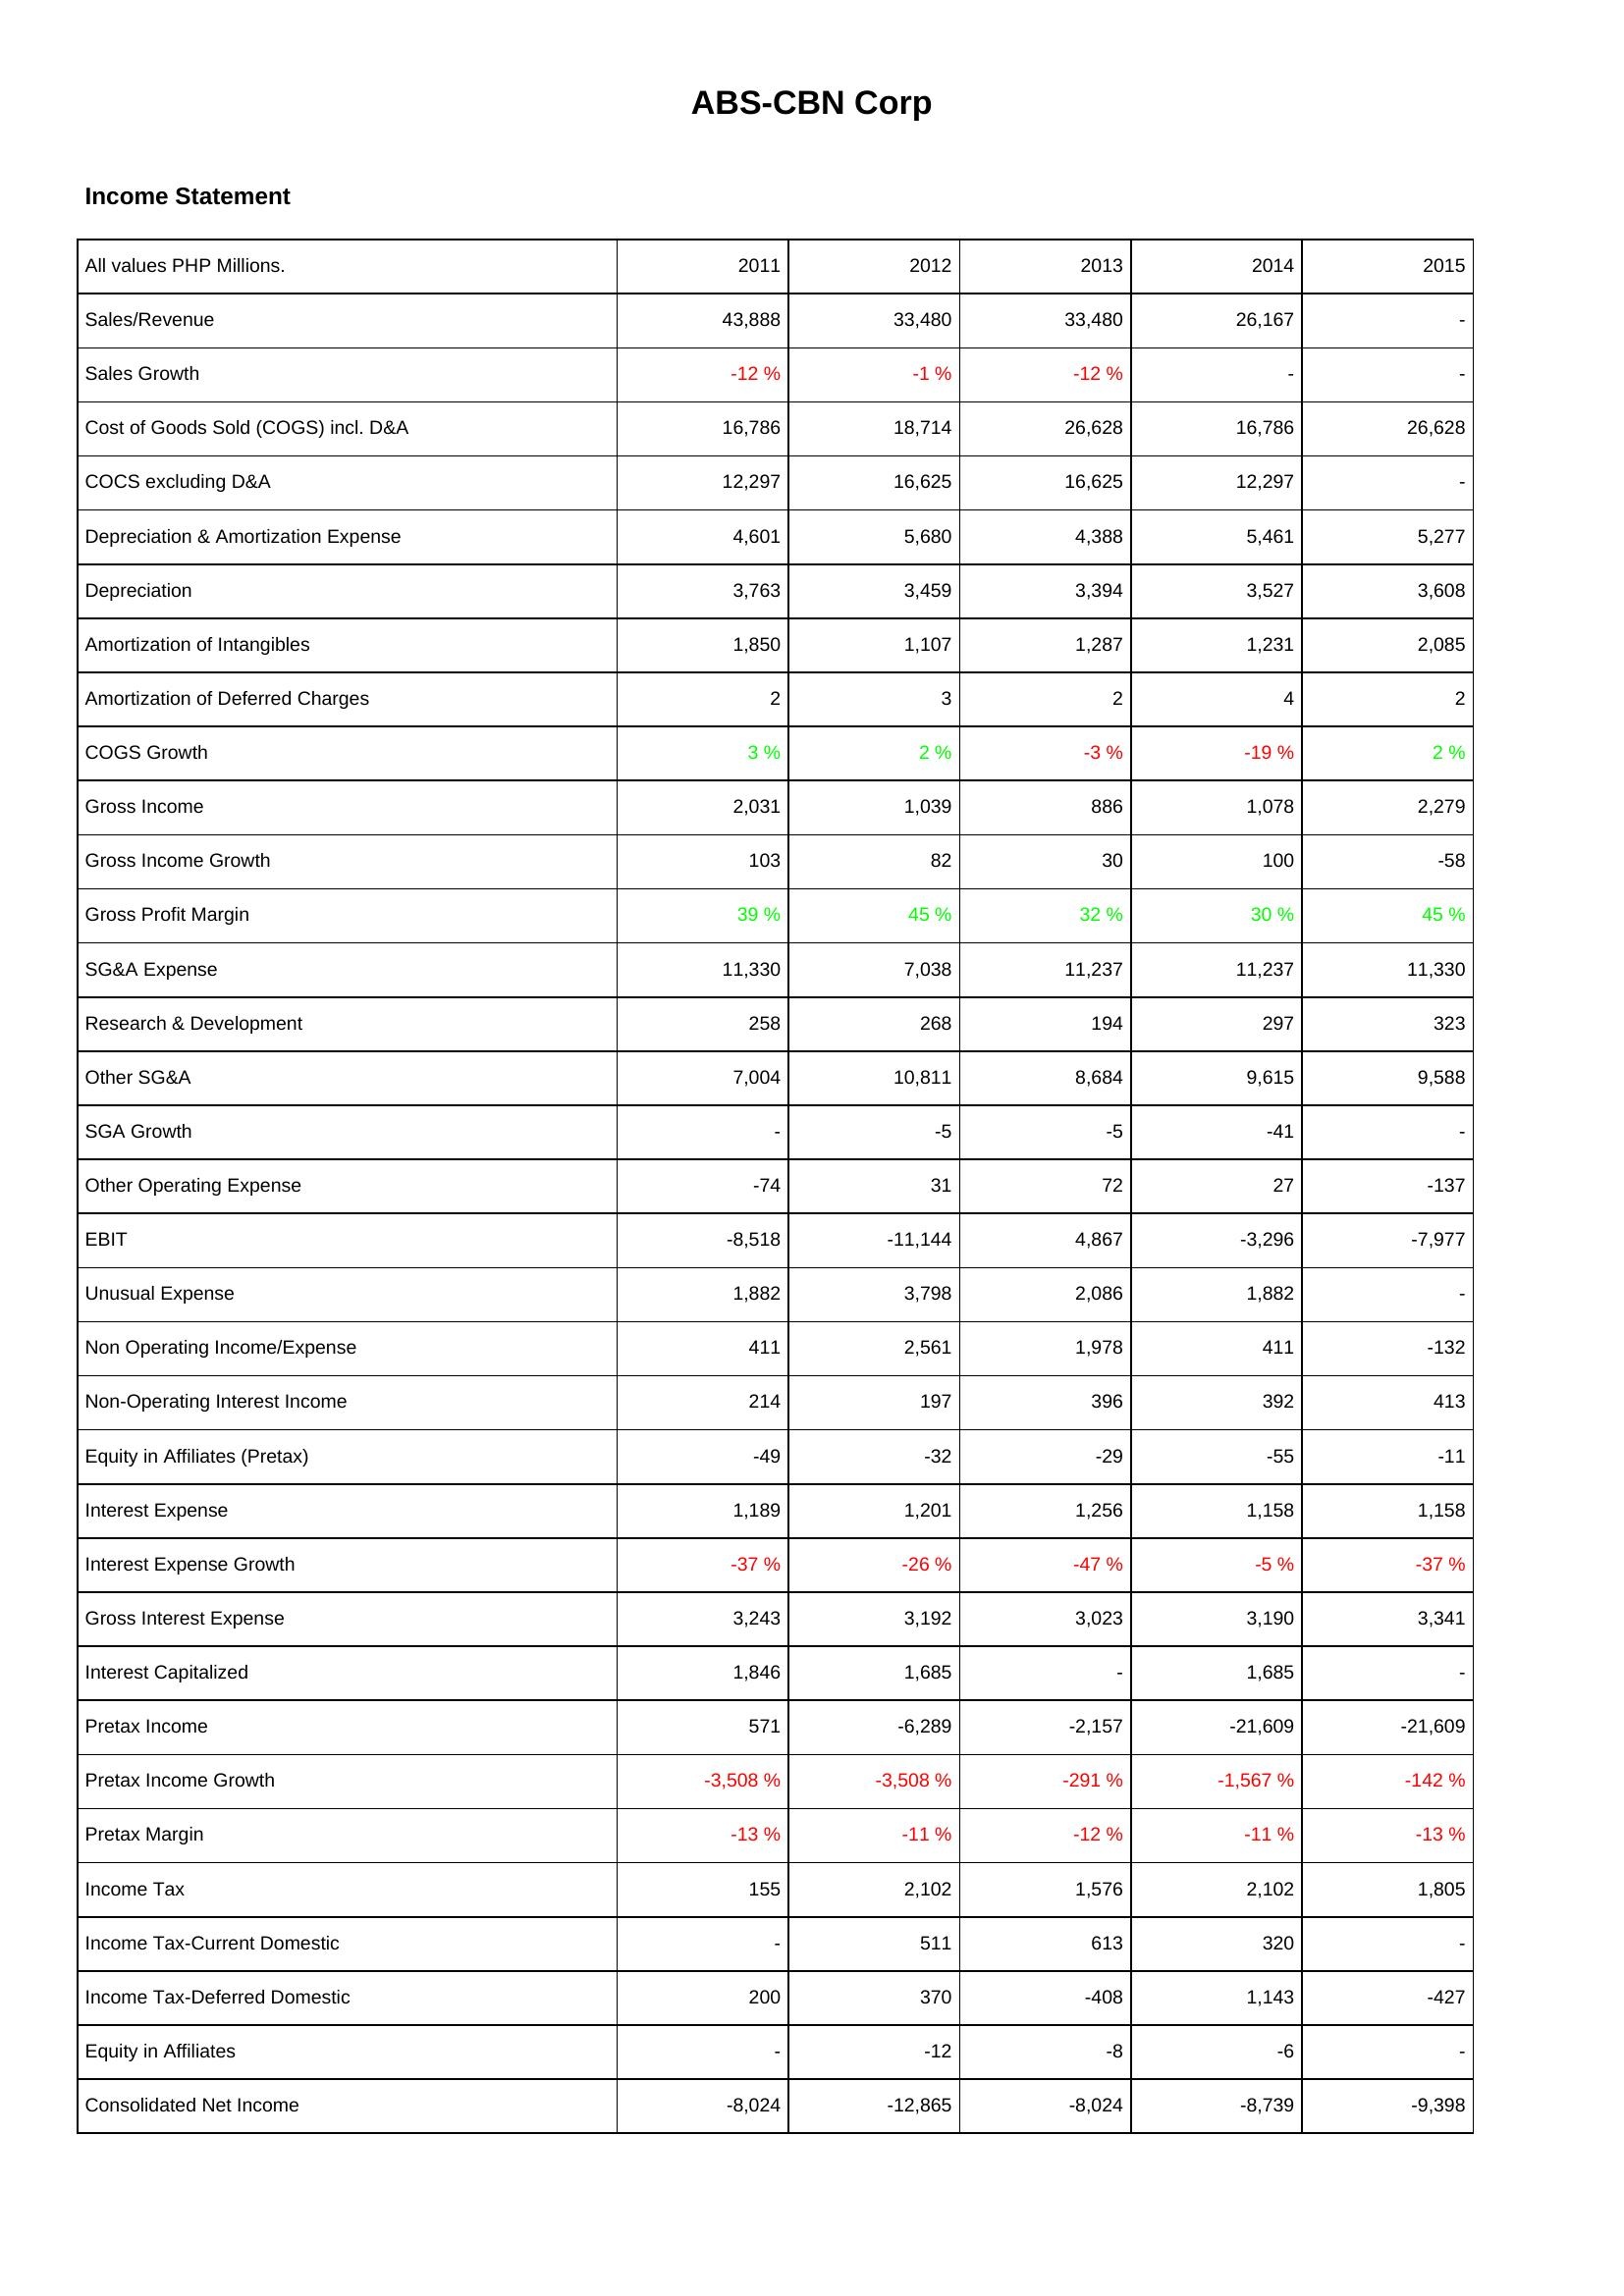
2011: Income Statement: Sales/Revenue: 43,888
Sales Growth: -12 %
Cost of Goods Sold (COGS) incl. D&A: 16,786
COCS excluding D&A: 12,297
Depreciation & Amortization Expense: 4,601
Depreciation: 3,763
Amortization of Intangibles: 1,850
Amortization of Deferred Charges: 2
COGS Growth: 3 %
Gross Income: 2,031
Gross Income Growth: 103
Gross Profit Margin: 39 %
SG&A Expense: 11,330
Research & Development: 258
Other SG&A: 7,004
SGA Growth: -
Other Operating Expense: -74
EBIT: -8,518
Unusual Expense: 1,882
Non Operating Income/Expense: 411
Non-Operating Interest Income: 214
Equity in Affiliates (Pretax): -49
Interest Expense: 1,189
Interest Expense Growth: -37 %
Gross Interest Expense: 3,243
Interest Capitalized: 1,846
Pretax Income: 571
Pretax Income Growth: -3,508 %
Pretax Margin: -13 %
Income Tax: 155
Income Tax-Current Domestic: -
Income Tax-Deferred Domestic: 200
Equity in Affiliates: -
Consolidated Net Income: -8,024
2012: Income Statement: Sales/Revenue: 33,480
Sales Growth: -1 %
Cost of Goods Sold (COGS) incl. D&A: 18,714
COCS excluding D&A: 16,625
Depreciation & Amortization Expense: 5,680
Depreciation: 3,459
Amortization of Intangibles: 1,107
Amortization of Deferred Charges: 3
COGS Growth: 2 %
Gross Income: 1,039
Gross Income Growth: 82
Gross Profit Margin: 45 %
SG&A Expense: 7,038
Research & Development: 268
Other SG&A: 10,811
SGA Growth: -5
Other Operating Expense: 31
EBIT: -11,144
Unusual Expense: 3,798
Non Operating Income/Expense: 2,561
Non-Operating Interest Income: 197
Equity in Affiliates (Pretax): -32
Interest Expense: 1,201
Interest Expense Growth: -26 %
Gross Interest Expense: 3,192
Interest Capitalized: 1,685
Pretax Income: -6,289
Pretax Income Growth: -3,508 %
Pretax Margin: -11 %
Income Tax: 2,102
Income Tax-Current Domestic: 511
Income Tax-Deferred Domestic: 370
Equity in Affiliates: -12
Consolidated Net Income: -12,865
2013: Income Statement: Sales/Revenue: 33,480
Sales Growth: -12 %
Cost of Goods Sold (COGS) incl. D&A: 26,628
COCS excluding D&A: 16,625
Depreciation & Amortization Expense: 4,388
Depreciation: 3,394
Amortization of Intangibles: 1,287
Amortization of Deferred Charges: 2
COGS Growth: -3 %
Gross Income: 886
Gross Income Growth: 30
Gross Profit Margin: 32 %
SG&A Expense: 11,237
Research & Development: 194
Other SG&A: 8,684
SGA Growth: -5
Other Operating Expense: 72
EBIT: 4,867
Unusual Expense: 2,086
Non Operating Income/Expense: 1,978
Non-Operating Interest Income: 396
Equity in Affiliates (Pretax): -29
Interest Expense: 1,256
Interest Expense Growth: -47 %
Gross Interest Expense: 3,023
Interest Capitalized: -
Pretax Income: -2,157
Pretax Income Growth: -291 %
Pretax Margin: -12 %
Income Tax: 1,576
Income Tax-Current Domestic: 613
Income Tax-Deferred Domestic: -408
Equity in Affiliates: -8
Consolidated Net Income: -8,024
2014: Income Statement: Sales/Revenue: 26,167
Sales Growth: -
Cost of Goods Sold (COGS) incl. D&A: 16,786
COCS excluding D&A: 12,297
Depreciation & Amortization Expense: 5,461
Depreciation: 3,527
Amortization of Intangibles: 1,231
Amortization of Deferred Charges: 4
COGS Growth: -19 %
Gross Income: 1,078
Gross Income Growth: 100
Gross Profit Margin: 30 %
SG&A Expense: 11,237
Research & Development: 297
Other SG&A: 9,615
SGA Growth: -41
Other Operating Expense: 27
EBIT: -3,296
Unusual Expense: 1,882
Non Operating Income/Expense: 411
Non-Operating Interest Income: 392
Equity in Affiliates (Pretax): -55
Interest Expense: 1,158
Interest Expense Growth: -5 %
Gross Interest Expense: 3,190
Interest Capitalized: 1,685
Pretax Income: -21,609
Pretax Income Growth: -1,567 %
Pretax Margin: -11 %
Income Tax: 2,102
Income Tax-Current Domestic: 320
Income Tax-Deferred Domestic: 1,143
Equity in Affiliates: -6
Consolidated Net Income: -8,739
2015: Income Statement: Sales/Revenue: -
Sales Growth: -
Cost of Goods Sold (COGS) incl. D&A: 26,628
COCS excluding D&A: -
Depreciation & Amortization Expense: 5,277
Depreciation: 3,608
Amortization of Intangibles: 2,085
Amortization of Deferred Charges: 2
COGS Growth: 2 %
Gross Income: 2,279
Gross Income Growth: -58
Gross Profit Margin: 45 %
SG&A Expense: 11,330
Research & Development: 323
Other SG&A: 9,588
SGA Growth: -
Other Operating Expense: -137
EBIT: -7,977
Unusual Expense: -
Non Operating Income/Expense: -132
Non-Operating Interest Income: 413
Equity in Affiliates (Pretax): -11
Interest Expense: 1,158
Interest Expense Growth: -37 %
Gross Interest Expense: 3,341
Interest Capitalized: -
Pretax Income: -21,609
Pretax Income Growth: -142 %
Pretax Margin: -13 %
Income Tax: 1,805
Income Tax-Current Domestic: -
Income Tax-Deferred Domestic: -427
Equity in Affiliates: -
Consolidated Net Income: -9,398